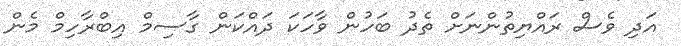
އަދި ވެސް ރައްޔިތުންނަށް ތެދު ބަހުން ވާހަކަ ދައްކަން ގާސިމް އިބްރާހިމް މެން